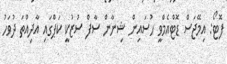
ފޮޓޯ: އިމޭޖަސް ޑޮޓްއެމްވީ ހުސައިން ޝިނާން ސާފް ސުޒުކީ ކަޕްގައި އާދިއްތަ ދުވަހު